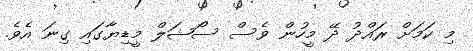
މި ކަމަށް ރައްދު ދޭ މީހުން ވެސް ސޯޝަލް މީޑިޔާގައި ގިނަ އެވެ.